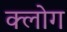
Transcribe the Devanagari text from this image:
क्लोग